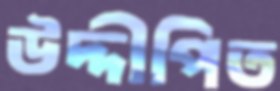
উদ্দীপিত